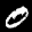
Label: 0